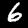
Label: 6